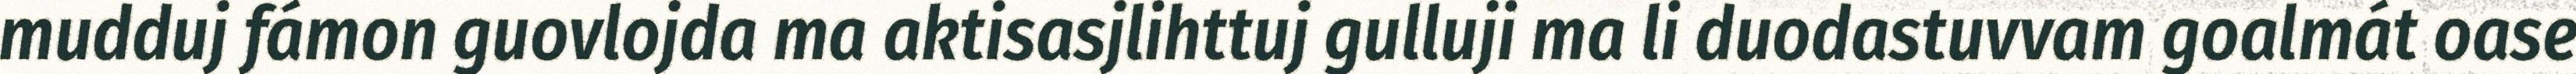
mudduj fámon guovlojda ma aktisasjlihttuj gulluji ma li duodastuvvam goalmát oase